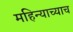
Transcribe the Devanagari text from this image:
महिन्याच्याच